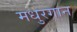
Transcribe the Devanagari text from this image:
मधुरगान